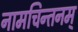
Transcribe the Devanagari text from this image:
नामचिन्तनम्